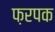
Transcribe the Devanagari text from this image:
फ़रपक